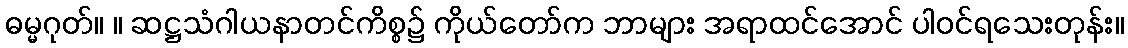
ဓမ္မဂုတ်။ ။ ဆဋ္ဌသံဂါယနာတင်ကိစ္စ၌ ကိုယ်တော်က ဘာများ အရာထင်အောင် ပါဝင်ရသေးတုန်း။